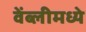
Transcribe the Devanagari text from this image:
वेंब्लीमध्ये